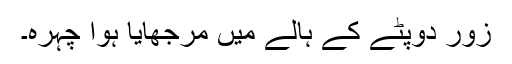
زور دوپٹے کے ہالے میں مرجھایا ہوا چہرہ۔